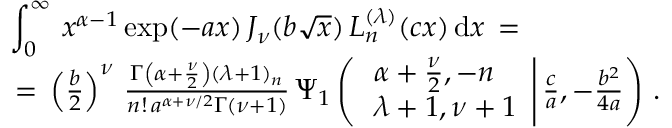
\begin{array} { l } { \displaystyle \int _ { 0 } ^ { \infty } \, x ^ { \alpha - 1 } \exp ( - a x ) \, J _ { \nu } ( b \sqrt x ) \, L _ { n } ^ { ( \lambda ) } ( c x ) \, \mathrm { d } x \, = \, } \\ { \, = \, \left( \frac b 2 \right) ^ { \nu } \, \frac { \Gamma \left( \alpha + \frac \nu 2 \right) ( \lambda + 1 ) _ { n } } { n ! \, a ^ { \alpha + \nu / 2 } \Gamma ( \nu + 1 ) } \, \Psi _ { 1 } \left( \left. \begin{array} { l } { \alpha + \frac { \nu } 2 , - n } \\ { \lambda + 1 , \nu + 1 } \end{array} \right| \frac c a , - \frac { b ^ { 2 } } { 4 a } \right) \, . } \end{array}